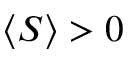
\langle S \rangle > 0